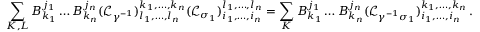
\sum _ { K , L } B _ { k _ { 1 } } ^ { j _ { 1 } } \dots B _ { k _ { n } } ^ { j _ { n } } ( \mathcal { L } _ { \gamma ^ { - 1 } } ) _ { l _ { 1 } , \dots , l _ { n } } ^ { k _ { 1 } , \dots , k _ { n } } ( \mathcal { L } _ { \sigma _ { 1 } } ) _ { i _ { 1 } , \dots , i _ { n } } ^ { l _ { 1 } , \dots , l _ { n } } = \sum _ { K } B _ { k _ { 1 } } ^ { j _ { 1 } } \dots B _ { k _ { n } } ^ { j _ { n } } ( \mathcal { L } _ { \gamma ^ { - 1 } \sigma _ { 1 } } ) _ { i _ { 1 } , \dots , i _ { n } } ^ { k _ { 1 } , \dots , k _ { n } } \, .